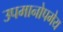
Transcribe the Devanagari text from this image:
उपमानोपमेय